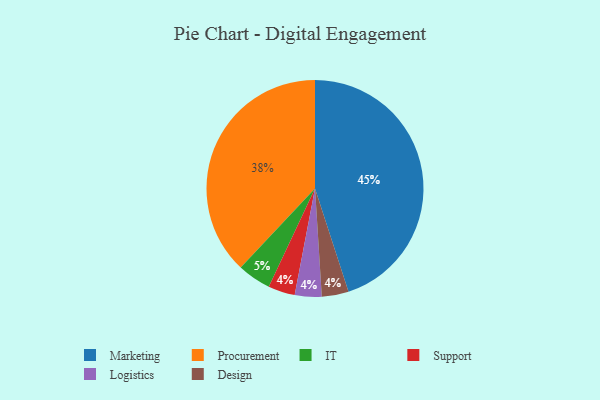
{"axis": {"x": "Category", "y": "Percentage"}, "legend": ["Design", "IT", "Logistics", "Marketing", "Procurement", "Support"], "data": [{"x": "Procurement", "y": 38, "type": "Procurement"}, {"x": "Support", "y": 4, "type": "Support"}, {"x": "IT", "y": 5, "type": "IT"}, {"x": "Marketing", "y": 45, "type": "Marketing"}, {"x": "Logistics", "y": 4, "type": "Logistics"}, {"x": "Design", "y": 4, "type": "Design"}]}